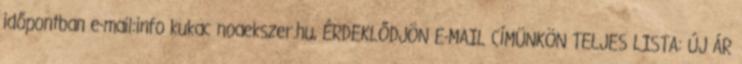
időpontban e-mail:info kukac noaekszer.hu, ÉRDEKLŐDJÖN E-MAIL CÍMÜNKÖN TELJES LISTA: ÚJ ÁR